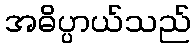
အဓိပ္ပာယ်သည်